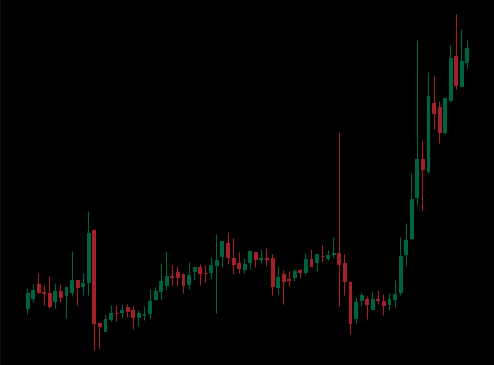
Pattern: unclassified